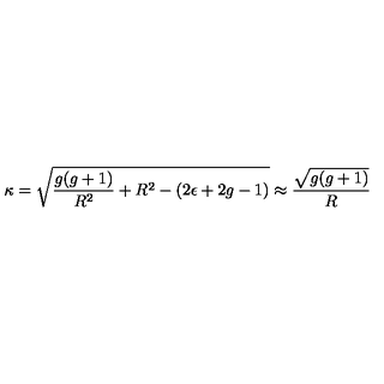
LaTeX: \kappa = \sqrt { { \frac { g ( g + 1 ) } { R ^ { 2 } } } + R ^ { 2 } - ( 2 \epsilon + 2 g - 1 ) } \approx { \frac { \sqrt { g ( g + 1 ) } } { R } }